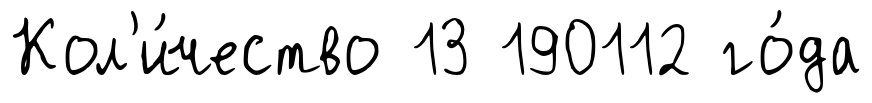
Кол'и́чество 13 190112 го́да